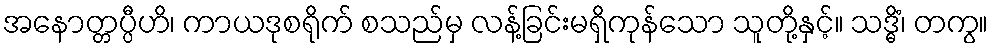
အနောတ္တပ္ပီဟိ၊ ကာယဒုစရိုက် စသည်မှ လန့်ခြင်းမရှိကုန်သော သူတို့နှင့်။ သဒ္ဓိံ၊ တကွ။